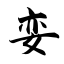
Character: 娈